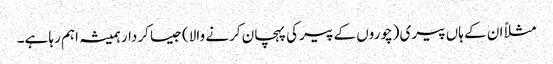
مثلاً ان کے ہاں پیری (چوروں کے پیر کی پہچان کرنے والا) جیسا کردار ہمیشہ اہم رہا ہے۔